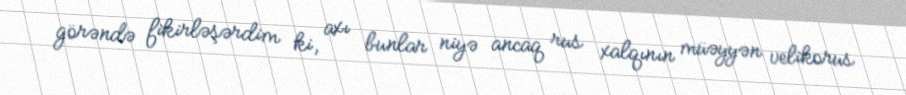
görəndə fikirləşərdim ki, axı bunlar niyə ancaq rus xalqının müəyyən velikorus